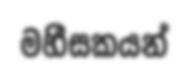
මහීසකයන්